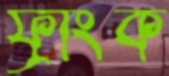
ফ্রাংক